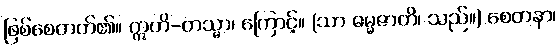
ဖြစ်စေတတ်၏။ ဣတိ-တသ္မာ၊ ကြောင့်။ (သာ ဓမ္မဇာတိ၊ သည်။) စေတနာ၊